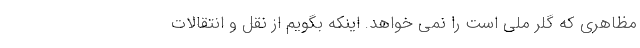
مظاهری که گلر ملی است را نمی خواهد. اینکه بگویم از نقل و انتقالات